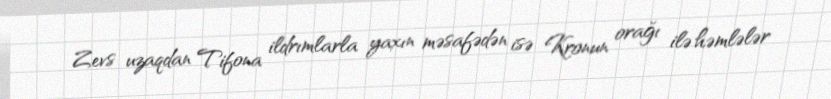
Zevs uzaqdan Tifona ildrımlarla yaxın məsafədən isə Kronun orağı ilə həmlələr